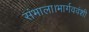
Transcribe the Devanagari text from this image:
संभाला।भार्गववंशी